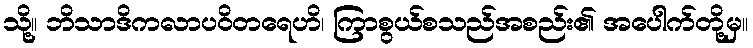
သို့။ ဘိသာဒိကလာပဝိတရေဟိ၊ ကြာစွယ်စသည်အစည်း၏ အပေါက်တို့မှ။